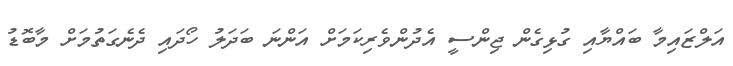
އަލްޒައިމާ ބައްޔާއި ގުޅިގެން ޖިންސީ އެދުންވެރިކަމަށް އަންނަ ބަދަލު ހޯދައި ދެނެގަތުމަށް މާބޮޑު